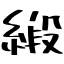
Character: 緞